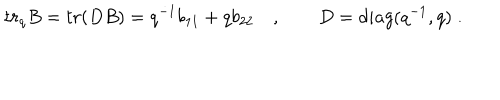
LaTeX: t r _ { q } B = t r ( D B ) = q ^ { - 1 } b _ { 1 1 } + q b _ { 2 2 } \quad , \qquad D = d i a g ( q ^ { - 1 } , q ) \; .